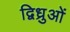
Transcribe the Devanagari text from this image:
द्विध्रुओं